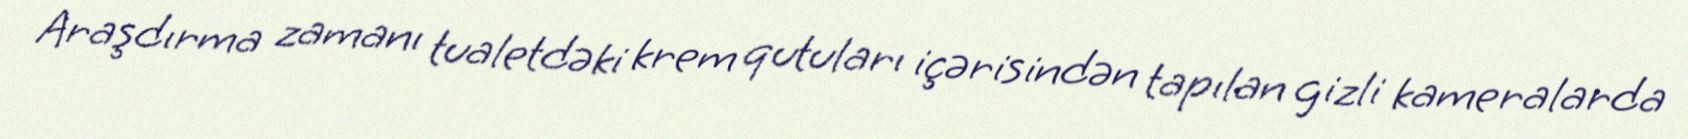
Araşdırma zamanı tualetdəki krem qutuları içərisindən tapılan gizli kameralarda